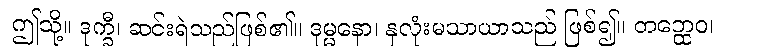
ဤသို့။ ဒုက္ခီ၊ ဆင်းရဲသည်ဖြစ်၏။ ဒုမ္မနော၊ နှလုံးမသာယာသည် ဖြစ်၍။ တတ္ထေဝ၊